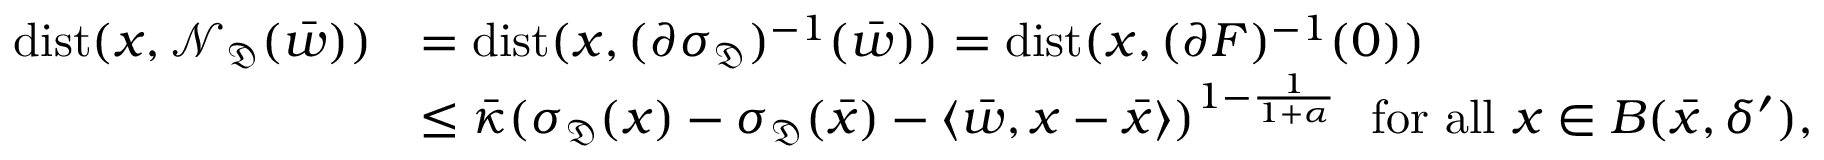
\begin{array} { r l } { \mathrm { d i s t } ( x , \mathcal { N } _ { \mathfrak { D } } ( \bar { w } ) ) } & { = \mathrm { d i s t } ( x , ( \partial \sigma _ { \mathfrak D } ) ^ { - 1 } ( \bar { w } ) ) = \mathrm { d i s t } ( x , ( \partial F ) ^ { - 1 } ( 0 ) ) } \\ & { \leq \bar { \kappa } ( \sigma _ { \mathfrak { D } } ( x ) - \sigma _ { \mathfrak { D } } ( \bar { x } ) - \langle \bar { w } , x - \bar { x } \rangle ) ^ { 1 - \frac { 1 } { 1 + \alpha } } \ \ \mathrm { f o r ~ a l l ~ } x \in B ( \bar { x } , \delta ^ { \prime } ) , } \end{array}